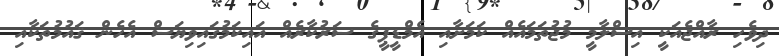
ދިވެހި ރާއްޖެއަކީ އިސްލާމީ މުޖުތަމައެއް ކަމަށާއި އެމްޑީޕީގެ ސަރުކާރެއް އައިކަމުގައިވިޔަސް އެހެން ޤައުމުތަކާއި